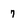
Character: 7